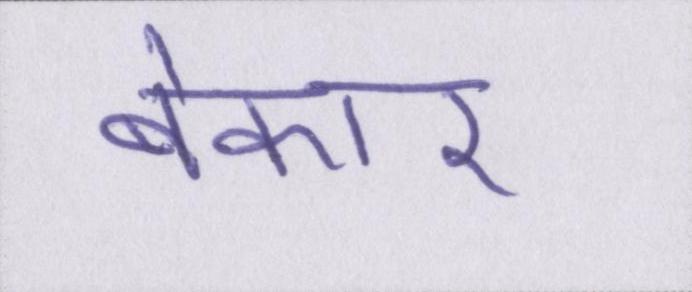
बेकार